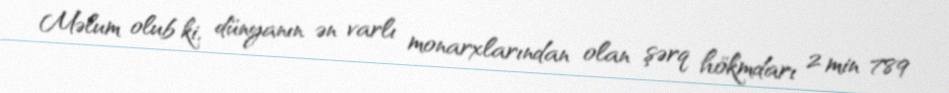
Məlum olub ki, dünyanın ən varlı monarxlarından olan şərq hökmdarı 2 min 789